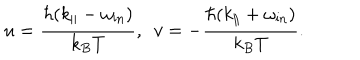
LaTeX: u = \frac { \hbar ( k _ { \| } - \omega _ { \mathrm { i n } } ) } { k _ { B } T } , \, \, \, v = - \frac { \hbar ( k _ { \| } + \omega _ { \mathrm { i n } } ) } { k _ { B } T } .